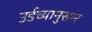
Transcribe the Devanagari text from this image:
उर्डच्यानुसार